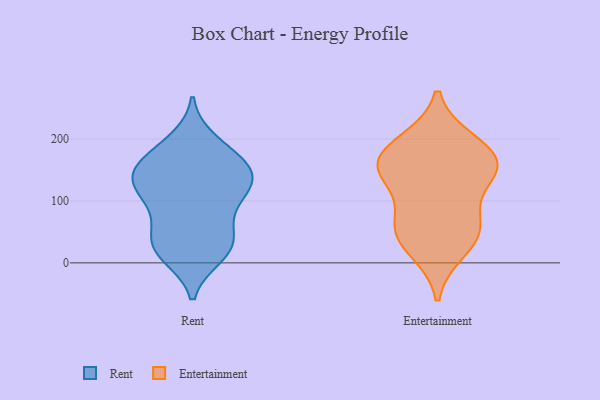
{"axis": {"x": "Shipments", "y": "Value"}, "legend": ["Entertainment", "Rent"], "data": [{"x": "", "y": 185, "type": "Rent"}, {"x": "", "y": 45, "type": "Rent"}, {"x": "", "y": 154, "type": "Rent"}, {"x": "", "y": 17, "type": "Rent"}, {"x": "", "y": 110, "type": "Rent"}, {"x": "", "y": 20, "type": "Rent"}, {"x": "", "y": 80, "type": "Rent"}, {"x": "", "y": 114, "type": "Rent"}, {"x": "", "y": 169, "type": "Rent"}, {"x": "", "y": 12, "type": "Rent"}, {"x": "", "y": 141, "type": "Rent"}, {"x": "", "y": 142, "type": "Rent"}, {"x": "", "y": 132, "type": "Rent"}, {"x": "", "y": 153, "type": "Rent"}, {"x": "", "y": 197, "type": "Rent"}, {"x": "", "y": 34, "type": "Rent"}, {"x": "", "y": 40, "type": "Rent"}, {"x": "", "y": 133, "type": "Rent"}, {"x": "", "y": 97, "type": "Rent"}, {"x": "", "y": 66, "type": "Entertainment"}, {"x": "", "y": 149, "type": "Entertainment"}, {"x": "", "y": 159, "type": "Entertainment"}, {"x": "", "y": 183, "type": "Entertainment"}, {"x": "", "y": 58, "type": "Entertainment"}, {"x": "", "y": 150, "type": "Entertainment"}, {"x": "", "y": 22, "type": "Entertainment"}, {"x": "", "y": 145, "type": "Entertainment"}, {"x": "", "y": 194, "type": "Entertainment"}, {"x": "", "y": 51, "type": "Entertainment"}]}